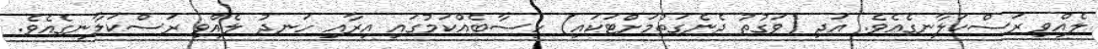
ލެއްވި ރަސްކަލާނގެއެވެ. އަދި (ވަގުތު ދެނެގަތުމަށްޓަކައި) ހިސާބެއްކަމުގައި އިރާއި ހަނދު ލެއްވި ރަސްކަލާނގެއެވެ.